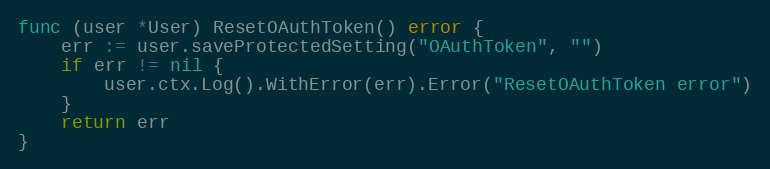
Language: Go
func (user *User) ResetOAuthToken() error {
	err := user.saveProtectedSetting("OAuthToken", "")
	if err != nil {
		user.ctx.Log().WithError(err).Error("ResetOAuthToken error")
	}
	return err
}